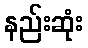
နည်းဆုံး